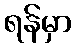
ရန်မှာ